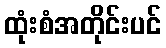
ထုံးစံအတိုင်းပင်